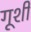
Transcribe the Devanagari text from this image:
गूशी